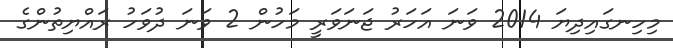
މިހިނގައިދިޔަ 2014 ވަނަ އަހަރު ޖަނަވަރީ މަހުން 2 ވަނަ ދުވަހު ރައްޔިތުންގެ